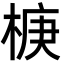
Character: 椩